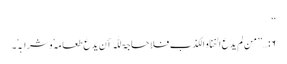
‘‘
۶:…’’ من لم یدَعِ الخنا و الکذب فلا حاجۃ للّٰہ أن یدعَ طعامَہٗ وشرابَہٗ۔